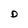
Character: D